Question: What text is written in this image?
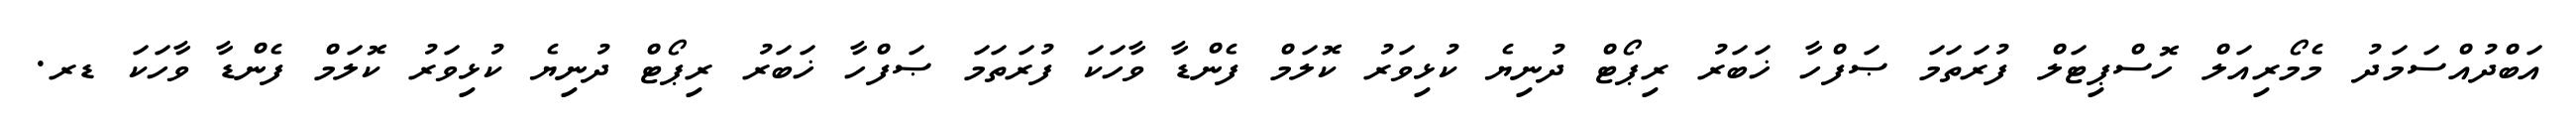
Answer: އަބްދުއްސަމަދު މެމޯރިއަލް ހޮސްޕިޓަލް ފުރަތަމަ ޞަފްހާ ޚަބަރު ރިޕޯޓް ދުނިޔެ ކުޅިވަރު ކޮލަމް ފެންޑާ ވާހަކަ ފުރަތަމަ ޞަފްހާ ޚަބަރު ރިޕޯޓް ދުނިޔެ ކުޅިވަރު ކޮލަމް ފެންޑާ ވާހަކަ ޑރ.